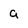
Character: a